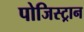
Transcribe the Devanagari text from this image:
पोजिस्ट्रान